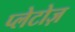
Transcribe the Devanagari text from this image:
प्लेटोज़